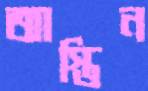
আস্তিন